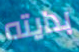
بدايته